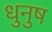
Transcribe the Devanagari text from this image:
धुनुष